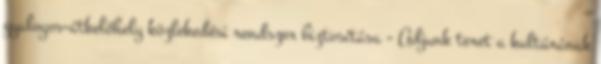
gyalogos-átkelőhely közlekedési rendszer biztosítása - Adjunk teret a kultúrának